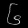
Digit: ၆